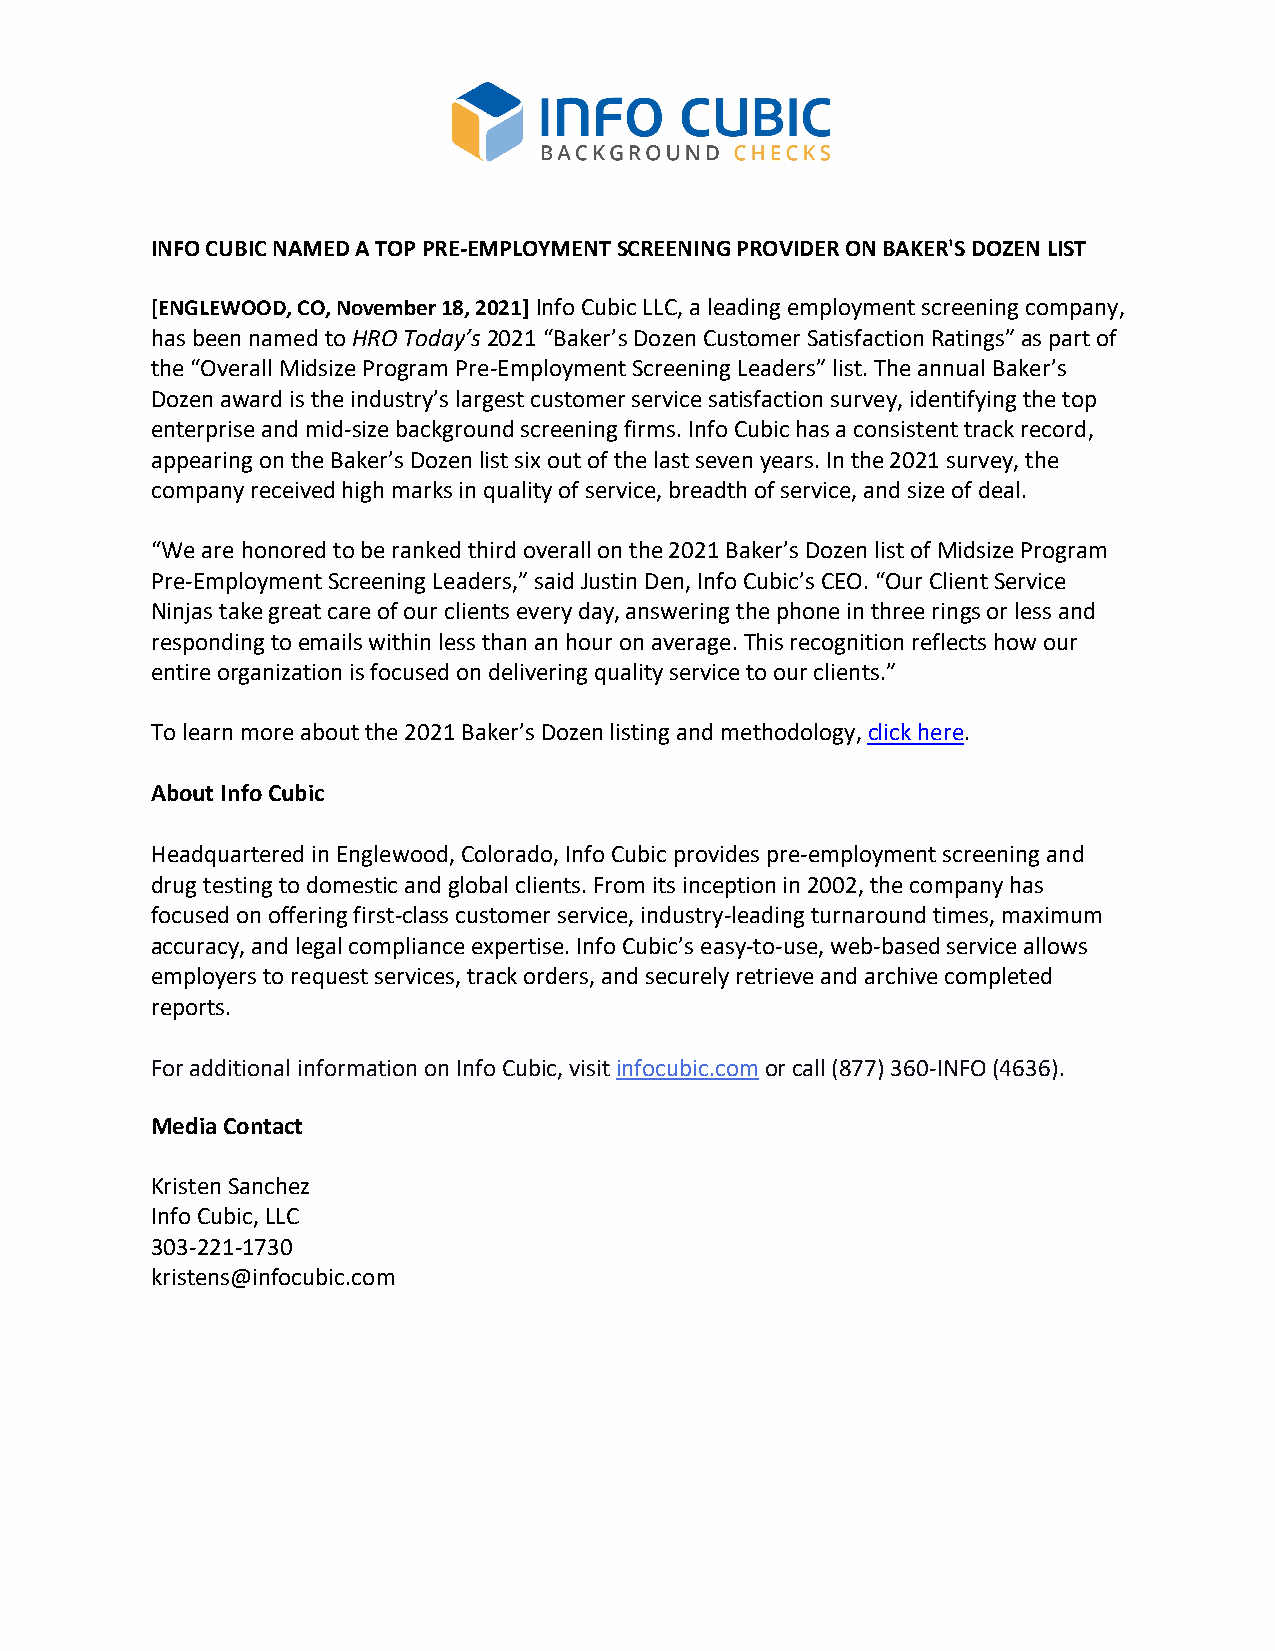
INFO CUBIC NAMED A TOP PRE-EMPLOYMENT SCREENING PROVIDER ON BAKER'S DOZEN LIST
 [ENGLEWOOD, CO, November 18, 2021] Info Cubic LLC, a leading employment screening company,
 has been named to HRO Today’s 2021 “Baker’s Dozen Customer Satisfaction Ratings” as part of
 the “Overall Midsize Program Pre-Employment Screening Leaders” list. The annual Baker’s
 Dozen award is the industry’s largest customer service satisfaction survey, identifying the top
 enterprise and mid-size background screening firms. Info Cubic has a consistent track record,
 appearing on the Baker’s Dozen list six out of the last seven years. In the 2021 survey, the
 company received high marks in quality of service, breadth of service, and size of deal.
 “We are honored to be ranked third overall on the 2021 Baker’s Dozen list of Midsize Program
 Pre-Employment Screening Leaders,” said Justin Den, Info Cubic’s CEO. “Our Client Service
 Ninjas take great care of our clients every day, answering the phone in three rings or less and
 responding to emails within less than an hour on average. This recognition reflects how our
 entire organization is focused on delivering quality service to our clients.”
 To learn more about the 2021 Baker’s Dozen listing and methodology, click here.
 About Info Cubic
 Headquartered in Englewood, Colorado, Info Cubic provides pre-employment screening and
 drug testing to domestic and global clients. From its inception in 2002, the company has
 focused on offering first-class customer service, industry-leading turnaround times, maximum
 accuracy, and legal compliance expertise. Info Cubic’s easy-to-use, web-based service allows
 employers to request services, track orders, and securely retrieve and archive completed
 reports.
 For additional information on Info Cubic, visit infocubic.com or call (877) 360-INFO (4636).
 Media Contact
 Kristen Sanchez
 Info Cubic, LLC
 303-221-1730
 kristens@infocubic.com